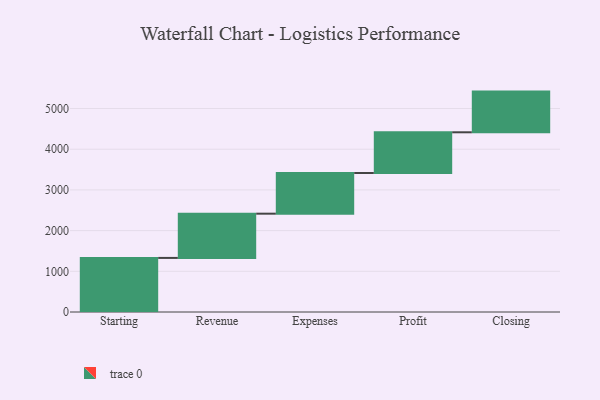
{"axis": {"x": "Step", "y": "Value"}, "legend": [""], "data": [{"x": "Starting", "y": 1329.0, "type": ""}, {"x": "Revenue", "y": 1087.0, "type": ""}, {"x": "Expenses", "y": 1000, "type": ""}, {"x": "Profit", "y": 1000, "type": ""}, {"x": "Closing", "y": 1000, "type": ""}]}